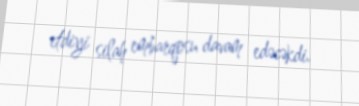
etdiyi silah embarqosu davam edəcəkdi.